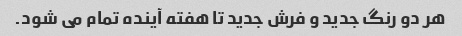
هر دو رنگ جدید و فرش جدید تا هفته آینده تمام می شود.